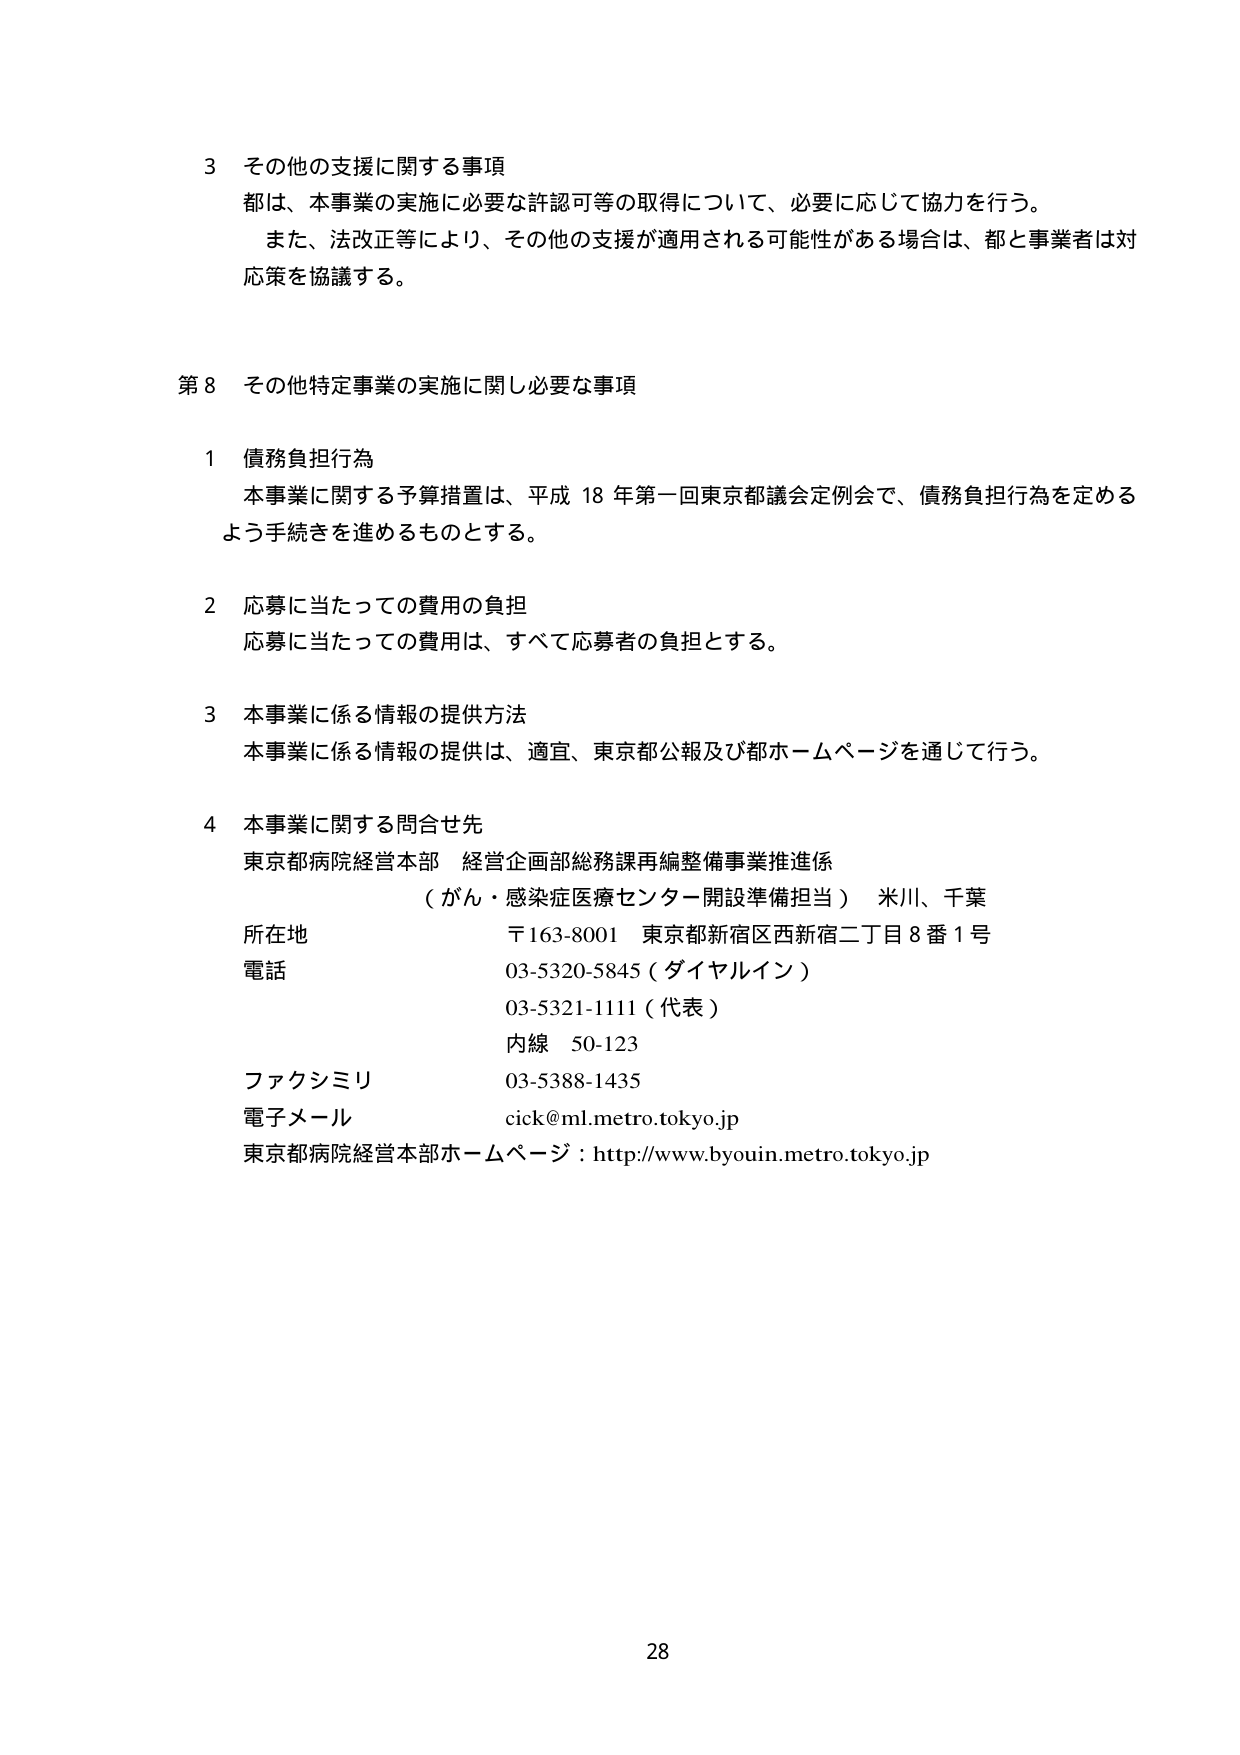
3 その他の支援に関する事項
都は、本事業の実施に必要な許認可等の取得について、必要に応じて協力を行う。
また、法改正等により、その他の支援が適用される可能性がある場合は、都と事業者は対応策を協議する。

第8 その他特定事業の実施に関し必要な事項

1 債務負担行為
本事業に関する予算措置は、平成18年第一回東京都議会定例会で、債務負担行為を定めるよう手続きを進めるものとする。

2 応募に当たっての費用の負担
応募に当たっての費用は、すべて応募者の負担とする。

3 本事業に係る情報の提供方法
本事業に係る情報の提供は、適宜、東京都公報及び都ホームページを通じて行う。

4 本事業に関する問合せ先
東京都病院経営本部 経営企画部総務課再編整備事業推進係
（がん・感染症医療センター開設準備担当） 米川、千葉
所在地 〒163-8001 東京都新宿区西新宿二丁目8番1号
電話 03-5320-5845（ダイヤルイン）
　　　03-5321-1111（代表）
　　　内線 50-123
ファクシミリ 03-5388-1435
電子メール cick@ml.metro.tokyo.jp
東京都病院経営本部ホームページ：http://www.byouin.metro.tokyo.jp

28